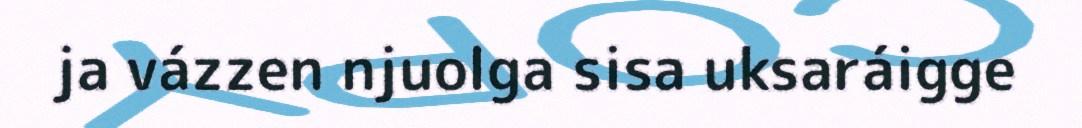
ja vázzen njuolga sisa uksaráigge